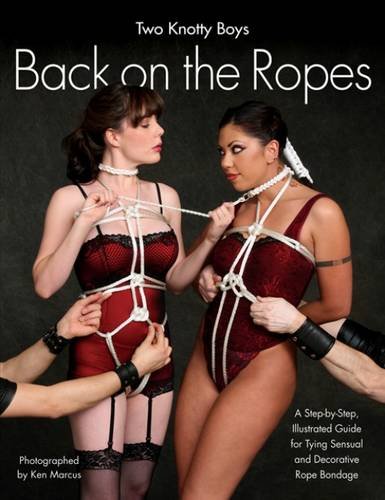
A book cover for Two Knotty Boys Back on the Ropes; Two Knotty Boys; Health, Fitness & Dieting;